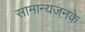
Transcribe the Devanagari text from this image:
सामान्यजनके